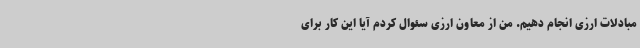
مبادلات ارزی انجام دهیم. من از معاون ارزی سئوال کردم آیا این کار برای